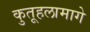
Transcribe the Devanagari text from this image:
कुतूहलामागे